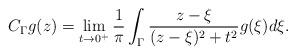
LaTeX: \begin{align*}C_\Gamma g(z)=\lim_{t\rightarrow0^+}\frac{1}{\pi}\int_\Gamma\frac{z-\xi}{(z-\xi)^2+t^2}g(\xi)d\xi.\end{align*}